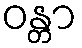
ဝန္တာ